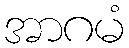
အာဂမံ